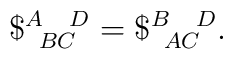
\$^{A\;\;\;\;D}_{\;\;BC}=\$^{B\;\;\;\;D}_{\;\;AC}.